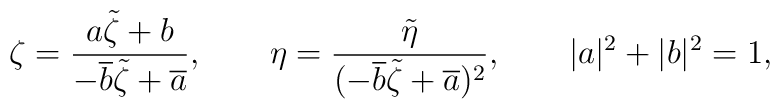
\zeta=\frac{a\tilde\zeta+b}{-\overline{b}\tilde\zeta+\overline{a}},\qquad\eta=\frac{\tilde\eta}{(-\overline{b}\tilde\zeta+\overline{a})^2},\qquad |a|^2+|b|^2=1,